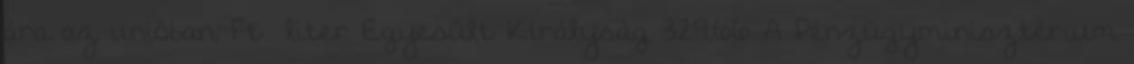
ára az unióban, Ft liter Egyesült Királyság 329,66 A Pénzügyminisztérium